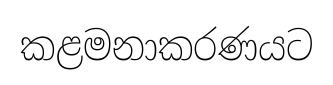
කළමනාකරණයට